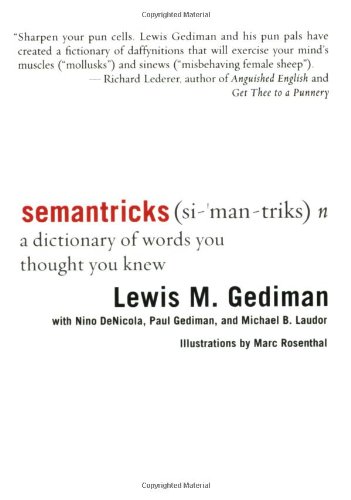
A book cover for Semantricks: A Dictionary of Words You Thought You Knew; Lewis M. Gediman; Humor & Entertainment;